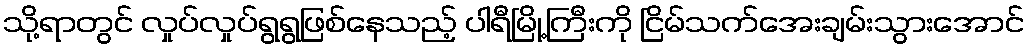
သို့ရာတွင် လှုပ်လှုပ်ရွရွဖြစ်နေသည့် ပါရီမြို့ကြီးကို ငြိမ်သက်အေးချမ်းသွားအောင်